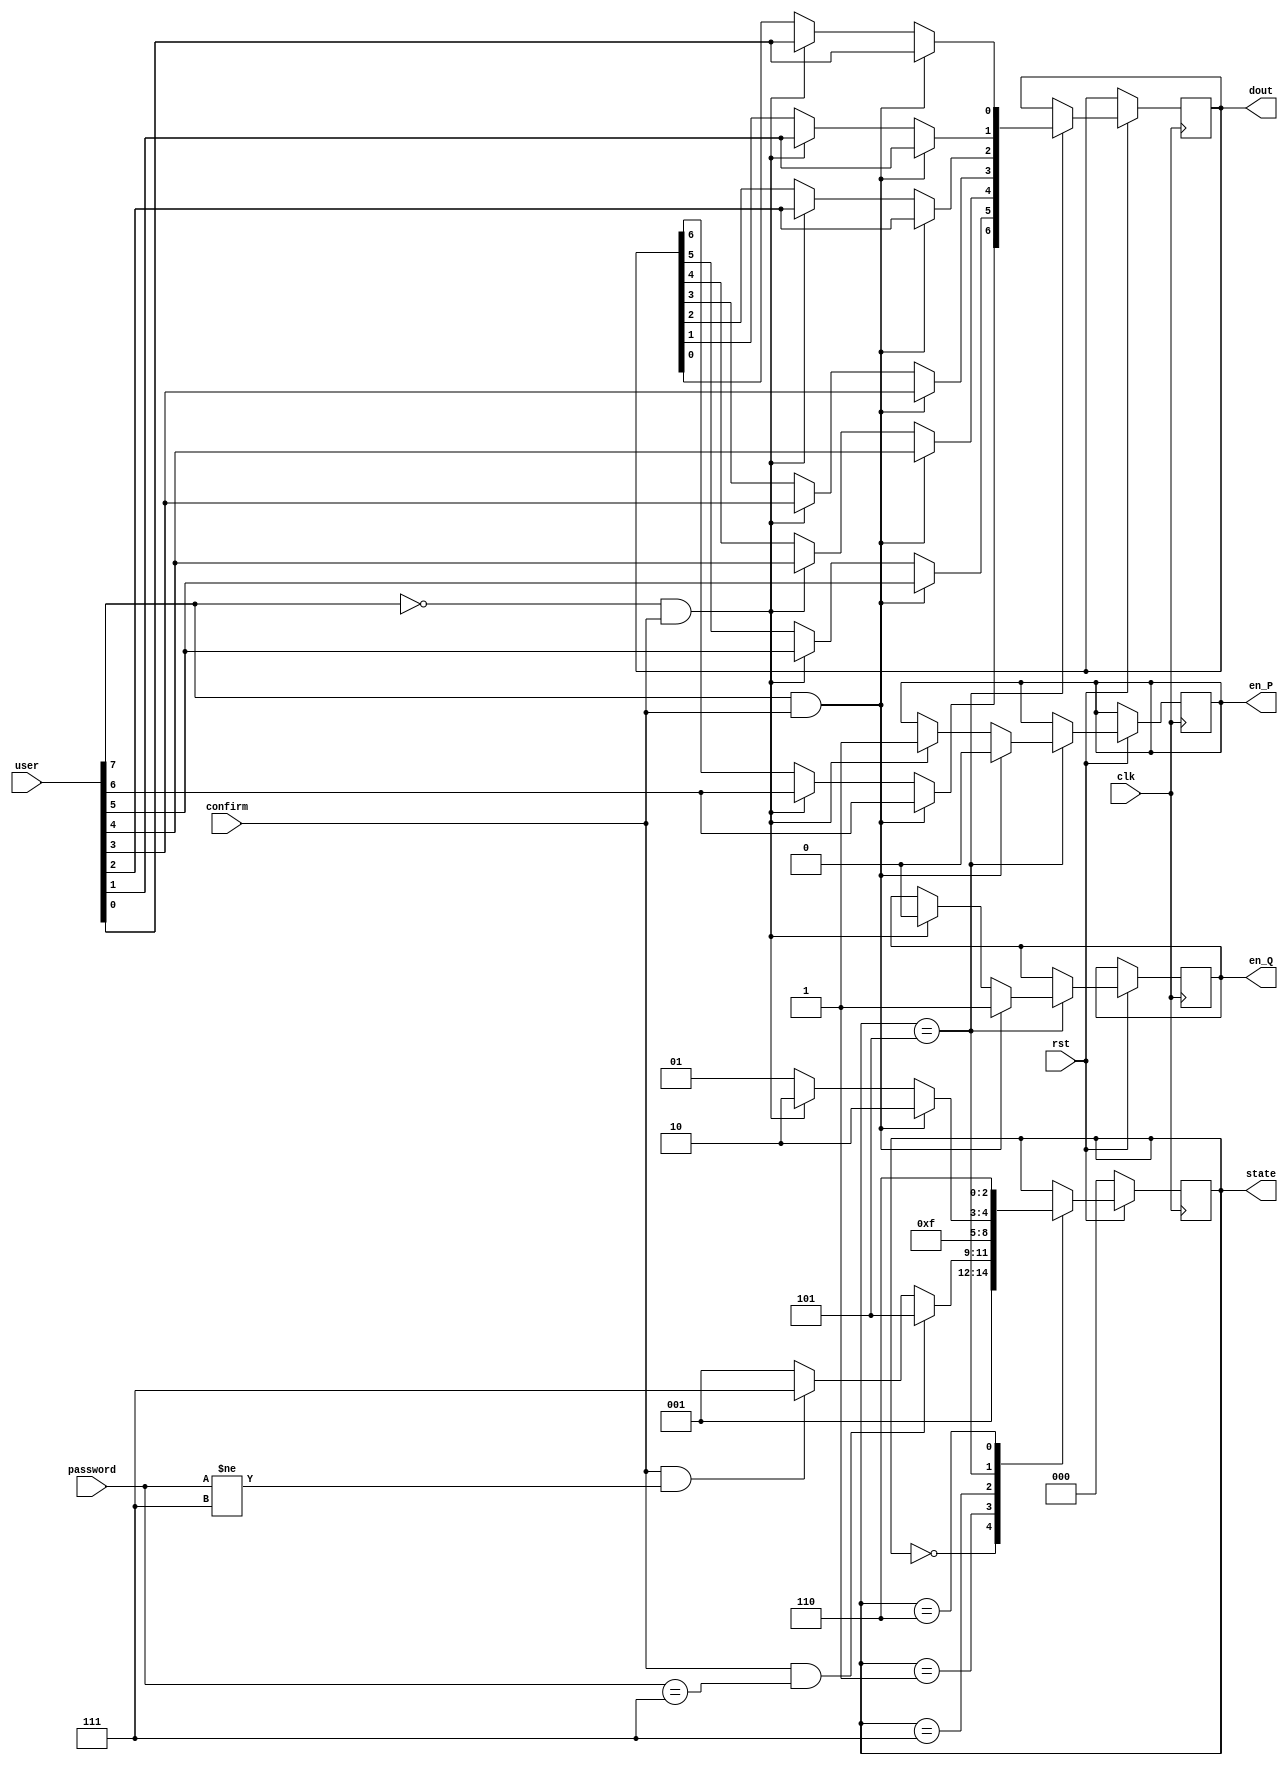
module ContolUnit(
  input     rst ,
	input    clk ,
	input    confirm ,
	input  [2:0] password ,
	input  [7:0]user,
	output  en_Q ,
	output  en_P ,
	output [6:0] dout,
	output [2:0]state
    );


	parameter reset = 3'b000;
	parameter active = 3'b001;
	parameter request = 3'b101;
	parameter save = 3'b110;
	parameter trap = 3'b111;
	parameter correct_pass = 3'b111;

  reg [2:0] state;
	reg [6:0] dout;
	reg en_Q, en_P;
	
	always @(posedge clk)
		begin
			
			if(rst == 0)
				state = reset;
			else case(state)
				reset : state = active;
				
				active : 
					begin
						if(confirm && password == correct_pass)
							state = request;
						else if(confirm && password != correct_pass)
							state = trap;
						else
							state = active;
					end
					
				trap : state = trap;
				
				request: 
					begin
						if(user[7] && confirm)
							begin
								
								en_Q = 1;
								state = save;
								//dout =user;
								dout[0] = user[0];
								dout[1] = user[1];
								dout[2] = user[2];
								dout[3] = user[3];
								dout[4] = user[4];
								dout[5] = user[5];
								dout[6] = user[6];
								en_P = 0;
								
							end
						else if(user[7] == 0 && confirm)
							begin
							
								en_P = 1;
								state = save;
								//dout =user;
								dout[0] = user[0];
								dout[1] = user[1];
								dout[2] = user[2];
								dout[3] = user[3];
								dout[4] = user[4];
								dout[5] = user[5];
								dout[6] = user[6];
								en_Q = 0;
								
							end
						else
							state = request;
					end
					
				save : state = save;
				
			endcase
		end
					
endmodule